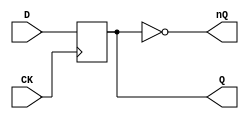
// This program was cloned from: https://github.com/MiSTer-devel/NeoGeo_MiSTer
// License: GNU General Public License v2.0

// NeoGeo logic definition
// Copyright (C) 2018 Sean Gonsalves
//
// This program is free software: you can redistribute it and/or modify
// it under the terms of the GNU General Public License as published by
// the Free Software Foundation, either version 3 of the License, or
// (at your option) any later version.
//
// This program is distributed in the hope that it will be useful,
// but WITHOUT ANY WARRANTY; without even the implied warranty of
// MERCHANTABILITY or FITNESS FOR A PARTICULAR PURPOSE.  See the
// GNU General Public License for more details.
//
// You should have received a copy of the GNU General Public License
// along with this program.  If not, see <https://www.gnu.org/licenses/>.

module FDM(
	input CK,
	input D,
	output reg Q,
	output nQ
);

	always @(posedge CK)
		Q <= #2 D;
	
	assign nQ = ~Q;

endmodule